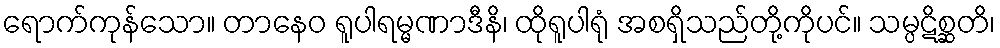
ရောက်ကုန်သော။ တာနေဝ ရူပါရမ္မဏာဒီနိ၊ ထိုရူပါရုံ အစရှိသည်တို့ကိုပင်။ သမ္ပဋိစ္ဆတိ၊